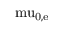
\mathrm { \ m u _ { 0 , e } }